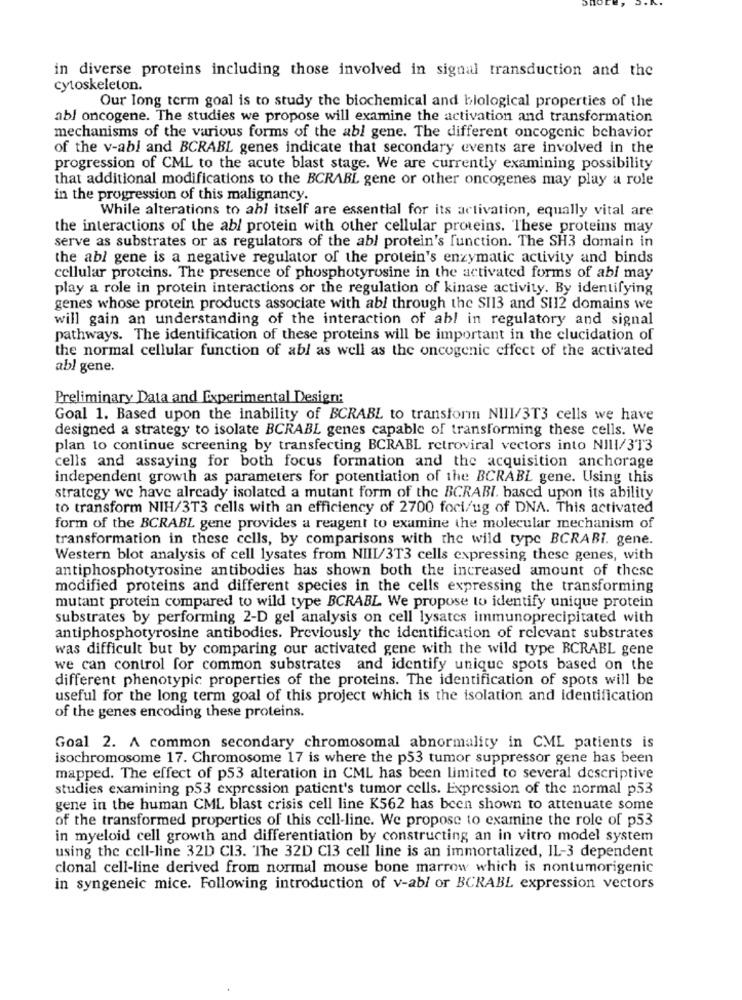
in diverse proteins including those involved in signal transduction and the
cytoskeleton.
Our long term goal is to study the biochemical and biological properties of the
abl oncogene. The studies we propose will examine the activation and transformation
mechanisms of the various forms of the abl gene. The different oncogenic behavior
of the v-abl and BCRABL genes indicate that secondary events are involved in the
progression of CML to the acute blast stage. We are currently examining possibility
that additional modifications to the BCRABL gene or other oncogenes may play a role
in the progression of this malignancy.
While alterations to abl itself are essential for its activation, equally vital are
the interactions of the abl protein with other cellular proteins. These proteins may
serve as substrates or as regulators of the abl protein's function. The SH3 domain in
the abl gene is a negative regulator of the protein's enzymatic activity and binds
cellular proteins. The presence of phosphotyrosine in the activated forms of abl may
play a role in protein interactions or the regulation of kinase activity. By identifying
genes whose protein products associate with abl through the SI13 and SI12 domains we
will gain an understanding of the interaction of abl in regulatory and signal
pathways. The identification of these proteins will be important in the clucidation of
the normal cellular function of abl as well as the oncogenic effect of the activated
abl gene.
Preliminary Data and Experimental Design:
Goal 1. Based upon the inability of BCRABL to transform NIII/3T3 cells we have
designed a strategy to isolate BCRABL genes capable of transforming these cells. We
plan to continue screening by transfecting BCRABL retroviral vectors into NIII/313
cells and assaying for both focus formation and the acquisition anchorage
independent growth as parameters for potentiation of the BCRABL gene. Using this
strategy we have already isolated a mutant form of the BCRABI. based upon its ability
to transform NIH/3T3 cells with an efficiency of 2700 foci/ug of DNA. This activated
form of the BCRABL gene provides a reagent to examine the molecular mechanism of
transformation in these cells, by comparisons with the wild type BCRABI. gene.
Western blot analysis of cell lysates from NIII/3T3 cells expressing these genes, with
antiphosphotyrosine antibodies has shown both the increased amount of these
modified proteins and different species in the cells expressing the transforming
mutant protein compared to wild type BCRABL We propose to identify unique protein
substrates by performing 2-D gel analysis on cell lysates immunoprecipitated with
antiphosphotyrosine antibodies. Previously the identification of relevant substrates
was difficult but by comparing our activated gene with the wild type RCRABL gene
we can control for common substrates and identify unique spots based on the
different phenotypic properties of the proteins. The identification of spots will be
useful for the long term goal of this project which is the isolation and identification
of the genes encoding these proteins.
Goal 2. A common secondary chromosomal abnormality in CML patients is
isochromosome 17. Chromosome 17 is where the p53 tumor suppressor gene has been
mapped. The effect of p53 alteration in CML has been limited to several descriptive
studies examining p53 expression patient's tumor cells. Expression of the normal p53
gene in the human CML blast crisis cell line K562 has been shown to attenuate some
of the transformed properties of this cell-line. We propose to examine the role of p53
in myeloid cell growth and differentiation by constructing an in vitro model system
using the cell-line 32D Cl3. The 32D C13 cell line is an immortalized, IL-3 dependent
clonal cell-line derived from normal mouse bone marrow which is nontumorigenic
in syngeneic mice. Following introduction of v-abl or BCRABL expression vectors